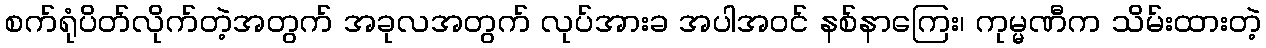
စက်ရုံပိတ်လိုက်တဲ့အတွက် အခုလအတွက် လုပ်အားခ အပါအဝင် နစ်နာကြေး၊ ကုမ္မဏီက သိမ်းထားတဲ့